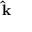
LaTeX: \mathbf { \hat { k } }